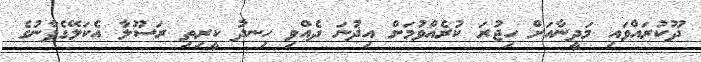
ދޫކުރައްވައި މަދީނާއަށް ހިޖުރަ ކުރެއްވުމަށް އިޛުނަ ދެއްވި ހިނދު ކީރިތި ރަސޫލާ އެކަލޭގެފާނުގެ